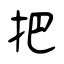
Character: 把